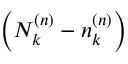
\left( N _ { k } ^ { \left( n \right) } - n _ { k } ^ { \left( n \right) } \right)